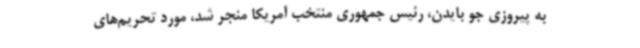
به پیروزی جو بایدن،‌ رئیس جمهوری منتخب آمریکا منجر شد، مورد تحریم‌های